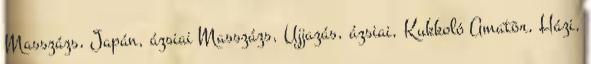
Masszázs, Japán, ázsiai Masszázs, Ujjazás, ázsiai, Kukkoló Amatõr, Házi,